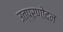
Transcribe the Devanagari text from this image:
उत्प्रणोदन